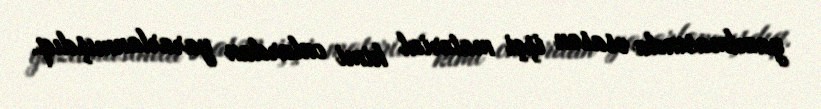
yazılmasında əsasən işçi material kimi onlardan yararlanmışdıq.